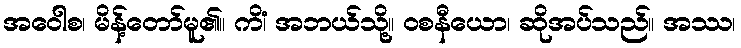
အဝေါစ၊ မိန့်တော်မူ၏။ ကိံ၊ အဘယ်သို့။ ဝစနီယော၊ ဆိုအပ်သည်။ အဿ၊